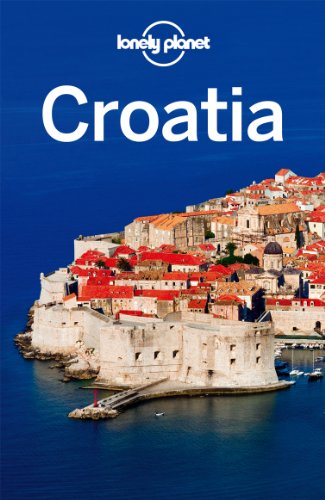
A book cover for Lonely Planet Croatia; Anja Mutic; Iain Stewart; Travel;